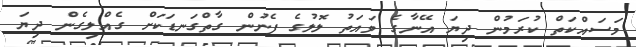
މަސައްކަތް ކުރަމުން ދިޔަ އޭނާގެ ވައަތު ލޮލުގެ ފެނުން ގާތްގަނޑަކަށް ގެއްލިގެން ދިޔަ